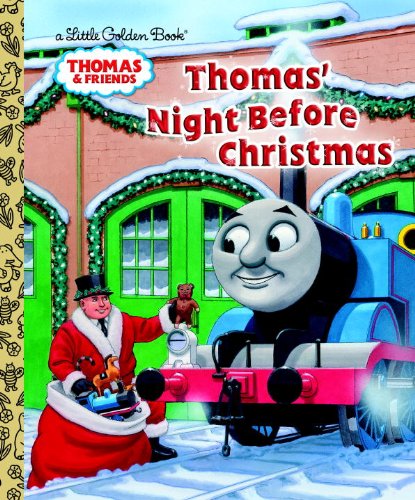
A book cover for Thomas' Night Before Christmas (Thomas & Friends) (Little Golden Book); R. Schuyler Hooke; Children's Books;